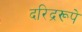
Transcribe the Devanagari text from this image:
दरिद्ररूपे